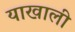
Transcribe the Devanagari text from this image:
याखाली